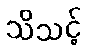
သိသင့်